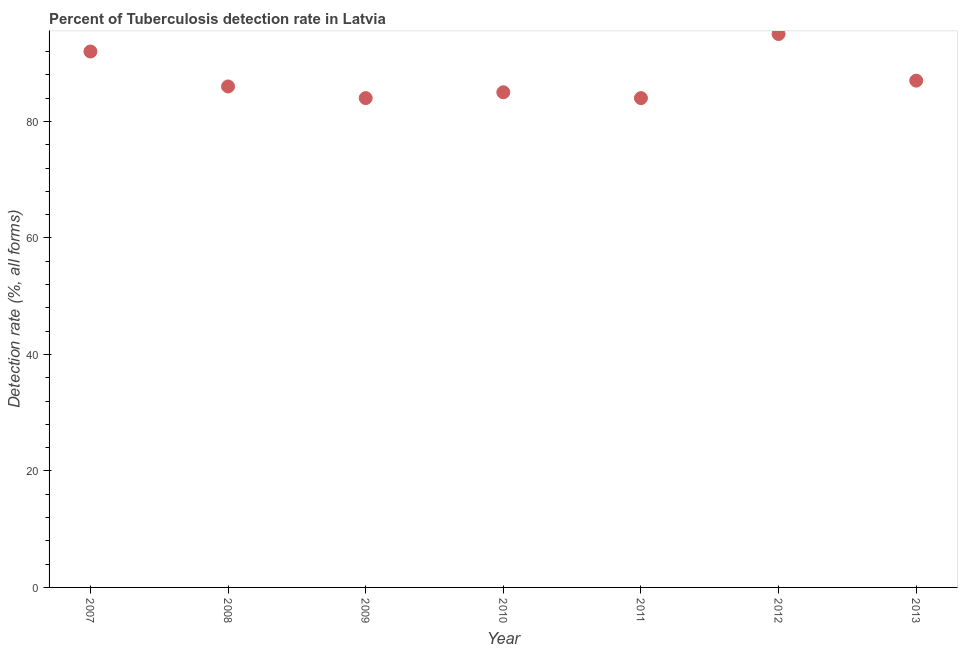
| Year | Tuberculosis case detection rate |
 | --- | --- |
 | 2007 | 92 |
 | 2008 | 86 |
 | 2009 | 84 |
 | 2010 | 85 |
 | 2011 | 84 |
 | 2012 | 95 |
 | 2013 | 87 |